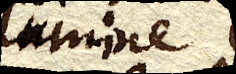
lumine